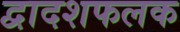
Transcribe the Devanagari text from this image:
द्वादशफलक